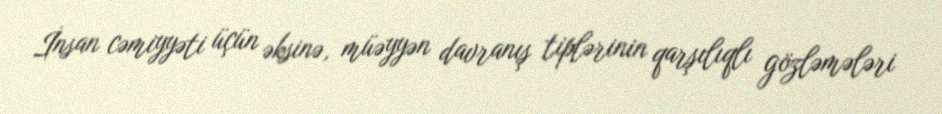
İnsan cəmiyyəti üçün əksinə, müəyyən davranış tiplərinin qarşılıqlı gözləmələri